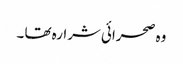
وہ صحرائی شرارہ تھا ۔